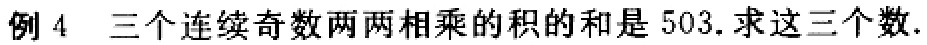
例4 三个连续奇数两两相乘的积的和是503.求这三个数.